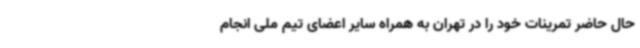
حال حاضر تمرینات خود را در تهران به همراه سایر اعضای تیم ملی انجام